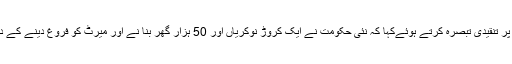
انہوں نےنئی حکومت کے ہوائی سفر اور دیگر اخراجات کے حوالے سے چلنے والی تازہ خبروں پر تنقیدی تبصرہ کرتے ہوئےکہا کہ نئی حکومت نے ایک کروڑ نوکریاں اور 50 ہزار گھر بنا نے اور میرٹ کو فروغ دینے کے دعوے کیے مگر آپ پنجا ب کا وزیراعلٰی دیکھ لیجئے ،مجھے کچھ کہنے کی ضرورت نہیں ہے۔